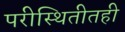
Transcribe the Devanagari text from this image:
परीस्थितीतही